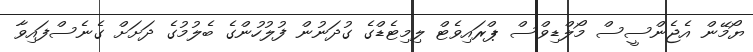
ޔޯމޭން އެޖެންސީސް މޯލްޑިވްސް ޕްރައިވެޓް ލިމިޓެޑްގެ ގުދަނުން ފުލުހުންގެ ބެލުމުގެ ދަށަށް ގެނެސްފައިވާ